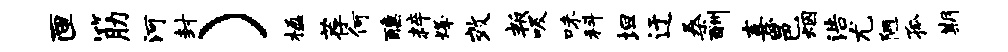
匣筋河封）楹荐何醺粹烽效叛吸味科坦迂桑酬熹邑烟浩尤陋孤期